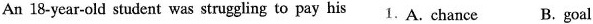
An 18-year-old student was struggling to pay his 1. A. chance B. goal